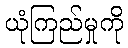
ယုံကြည်မှုကို